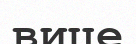
вице